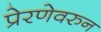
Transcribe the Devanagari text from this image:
प्रेरणेवरुन